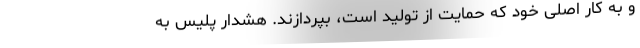
و به کار اصلی خود که حمایت از تولید است، بپردازند. هشدار پلیس به